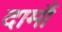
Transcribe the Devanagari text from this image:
दामौं